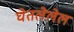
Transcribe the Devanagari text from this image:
घेतलेलेल